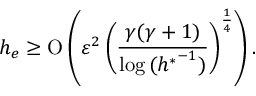
h _ { e } \geq \ensuremath { \operatorname { O } \left( \varepsilon ^ { 2 } \left( \frac { \gamma ( \gamma + 1 ) } { \log { ( { h ^ { \ast } } ^ { - 1 } ) } } \right) ^ { \frac { 1 } { 4 } } \right) } .